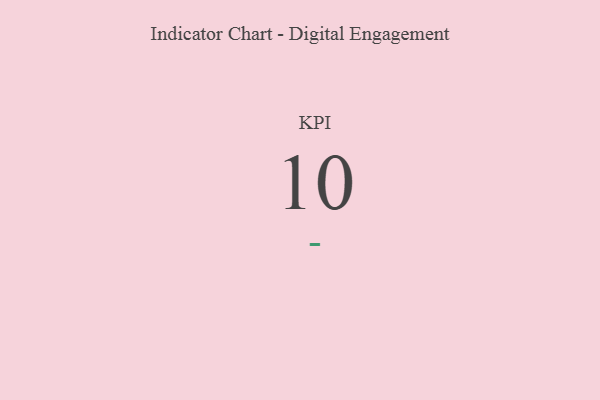
{"axis": {"x": "KPI", "y": "Value"}, "legend": [""], "data": [{"x": "KPI", "y": 10, "type": ""}]}